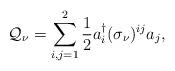
LaTeX: \begin{align*} \mathcal{Q}_{\nu} = \sum_{i,j=1}^2\frac{1}{2} a_i^{\dagger} (\sigma_{\nu})^{ij} a_j,\end{align*}